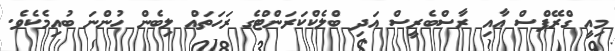
މިއީ ގްރޭޕްސް އާއި ރާސްބެރީސް އަދި ބްލެކްކަރަންޓްގެ ރަހަތައް ލިބެން ހުންނަ ބުއިމެކެވެ.